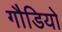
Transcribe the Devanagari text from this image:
गौडियो